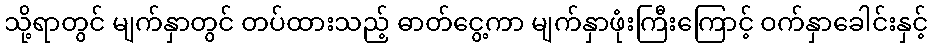
သို့ရာတွင် မျက်နှာတွင် တပ်ထားသည့် ဓာတ်ငွေ့ကာ မျက်နှာဖုံးကြီးကြောင့် ဝက်နှာခေါင်းနှင့်